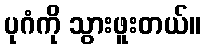
ပုဂံကို သွားဖူးတယ်။